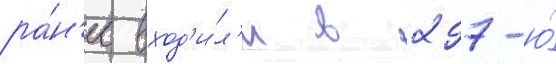
ра́н'ее вход'и́л'и в 297-ю́